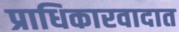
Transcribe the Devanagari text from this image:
प्राधिकारवादात